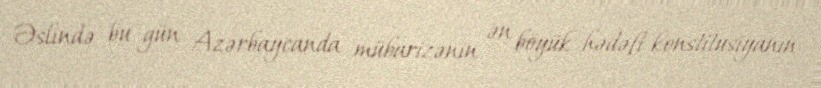
Əslində bu gün Azərbaycanda mübarizənin ən böyük hədəfi konstitusiyanın